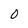
Character: 0